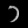
Digit: ၁